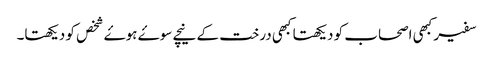
سفیر کبھی اصحاب کو دیکھتا کبھی درخت کے نیچے سوۓ ہوۓ شخص کو دیکھتا۔